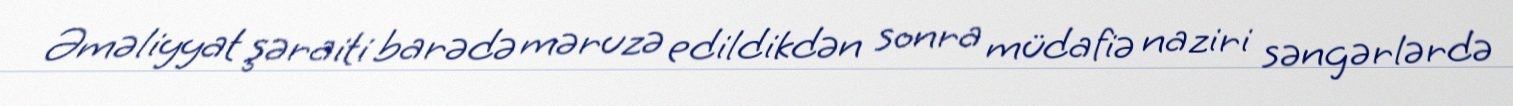
Əməliyyat şəraiti barədə məruzə edildikdən sonra müdafiə naziri səngərlərdə